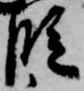
段